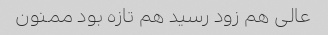
عالی هم زود رسید هم تازه بود ممنون